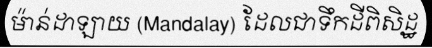
ម៉ាន់ដាឡាយ (Mandalay) ដែលជាទឹកដីពិសិដ្ឋ